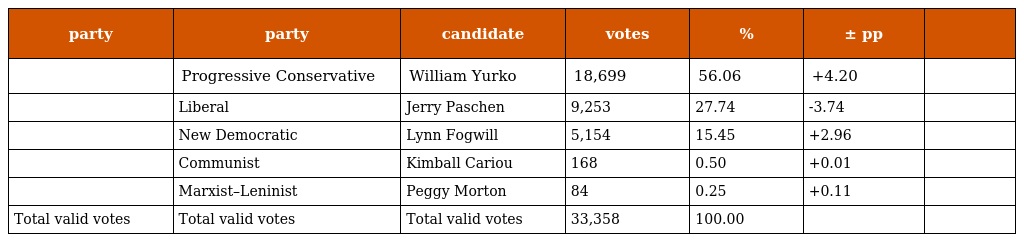
| party | party | candidate | votes | % | ± pp |  |
 | --- | --- | --- | --- | --- | --- | --- |
 |  | Progressive Conservative | William Yurko | 18,699 | 56.06 | +4.20 |  |
 |  | Liberal | Jerry Paschen | 9,253 | 27.74 | -3.74 |  |
 |  | New Democratic | Lynn Fogwill | 5,154 | 15.45 | +2.96 |  |
 |  | Communist | Kimball Cariou | 168 | 0.50 | +0.01 |  |
 |  | Marxist–Leninist | Peggy Morton | 84 | 0.25 | +0.11 |  |
 | Total valid votes | Total valid votes | Total valid votes | 33,358 | 100.00 |  |  |